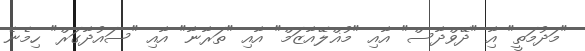
"މަދުމަތީ" އާި "ދޭވްދާސް" އާއި "މުޣްލޭއާޒަމް" އާއި "ތަރާނާ" އާއި "ސައުދާގަރް" ހިމެނެ